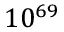
1 0 ^ { 6 9 }